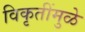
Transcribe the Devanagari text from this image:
विकृतींमुळे